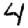
Digit: 4